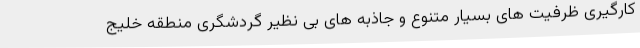
کارگیری ظرفیت های بسیار متنوع و جاذبه های بی نظیر گردشگری منطقه خلیج